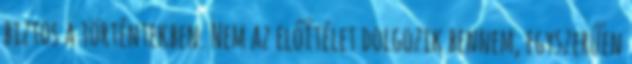
biztos a történtekben. Nem az előítélet dolgozik bennem, egyszerűen